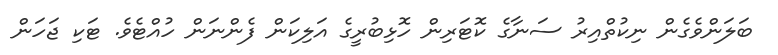
ބަލަންވެގެން ނިކުތްއިރު ސަނާގެ ކޮޓަރިން ހޮޅިބުރީގެ އަލިކަން ފެންނަން ހުއްޓެވެ. ޓަކި ޖަހަން